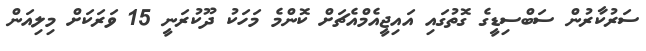
ސަރުކާރުން ސަބްސިޑީގެ ގޮތުގައި އައިޖީއެމްއެޗަށް ކޮންމެ މަހަކު ދޫކުރަނީ 15 ވަރަކަށް މިލިއަން